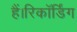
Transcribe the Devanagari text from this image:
हैं।रिकॉर्डिंग